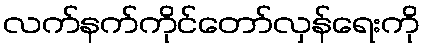
လက်နက်ကိုင်တော်လှန်ရေးကို